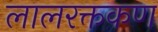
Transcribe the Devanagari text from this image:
लालरक्तकण